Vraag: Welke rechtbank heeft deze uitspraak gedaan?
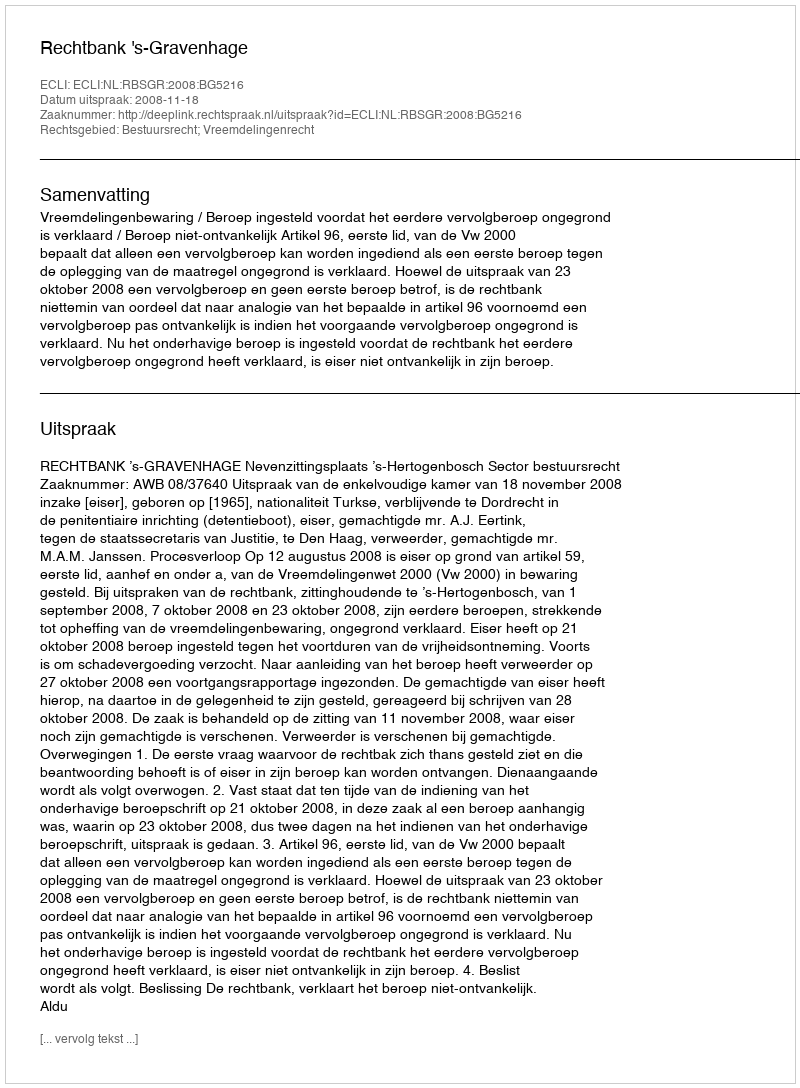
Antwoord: Rechtbank 's-Gravenhage